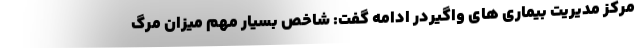
مرکز مدیریت بیماری های واگیردر ادامه گفت: شاخص بسیار مهم میزان مرگ